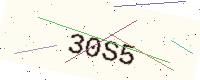
Text: 30S5